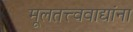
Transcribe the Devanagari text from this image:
मूलतत्त्ववाद्यांना